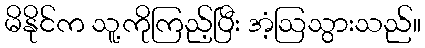
မိနိုင်က သူ့ကိုကြည့်ပြီး အံ့ဩသွားသည်။